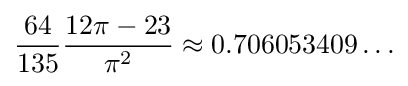
{\frac {64}{135}}{\frac {12\pi -23}{\pi ^{2}}}\approx 0.706053409\ldots